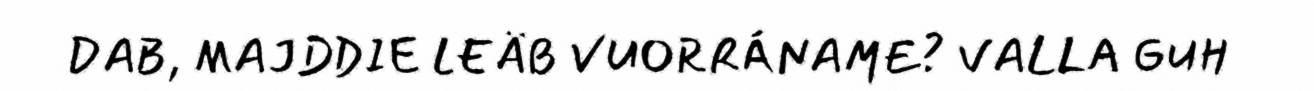
DAB, MAJDDIE LEÄB VUORRÁNAME? VALLA GUH